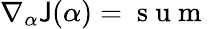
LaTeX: \nabla_{\alpha}\mathsf{J}(\alpha)=\mathrm{{~s~u~m~}}